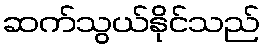
ဆက်သွယ်နိုင်သည်